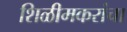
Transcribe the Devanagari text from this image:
शिळीमकरांचा